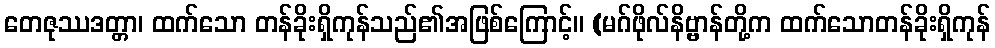
တေဇုဿဒတ္တာ၊ ထက်သော တန်ခိုးရှိကုန်သည်၏အဖြစ်ကြောင့်။ (မဂ်ဖိုလ်နိဗ္ဗာန်တို့က ထက်သောတန်ခိုးရှိကုန်